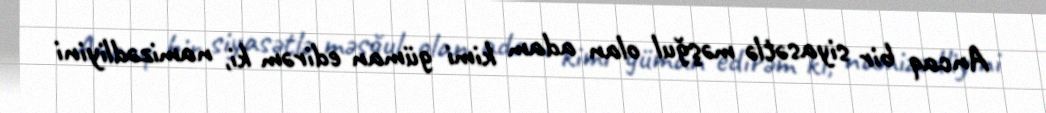
Ancaq bir siyasətlə məşğul olan adam kimi güman edirəm ki, namizədliyini